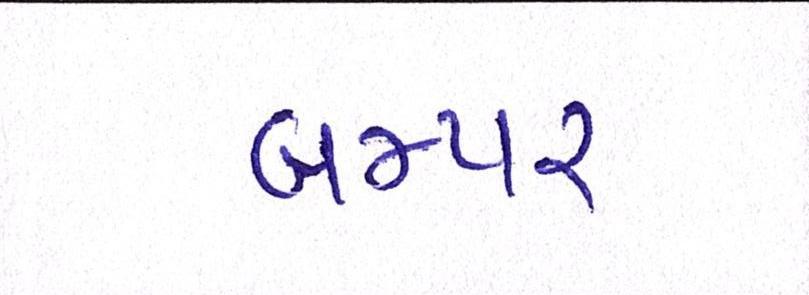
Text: બમ્પર